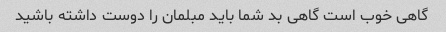
گاهی خوب است گاهی بد شما باید مبلمان را دوست داشته باشید